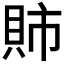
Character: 𫎕